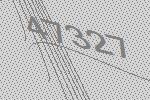
47327